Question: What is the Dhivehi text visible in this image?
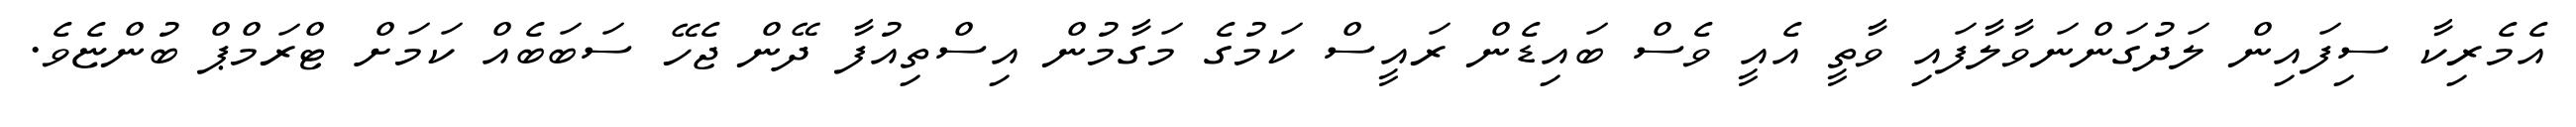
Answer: އެމެރިކާ ސިފައިން ލަދުގަންނަވާލާފައި ވާތީ އެއީ ވެސް ބައިޑެން ރައީސް ކަމުގެ މަގާމުން އިސްތިއުފާ ދޭން ޖެހޭ ސަބަބެއް ކަމަށް ޓްރަމްޕް ބުންޏެވެ.